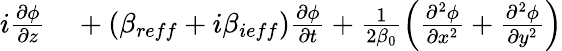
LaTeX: \begin{array}{rl}{i\frac{\partial\phi}{\partial z}}&{{}+(\beta_{reff}+i\beta_{ieff})\frac{\partial\phi}{\partial t}+\frac{1}{2\beta_{0}}\left(\frac{\partial^{2}\phi}{\partial x^{2}}+\frac{\partial^{2}\phi}{\partial y^{2}}\right)}\end{array}